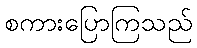
စကားပြောကြသည်